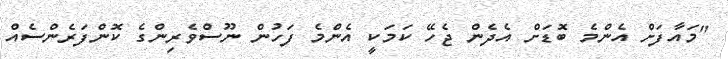
"މައާފަށް އެންމެ ބޮޑަށް އެދެން ޖެހޭ ކަމަކީ އެންމެ ފަހުން ނޫސްވެރިންގެ ކޮންފަރެންސެއް